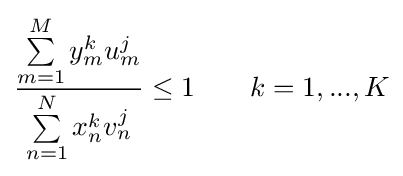
{\frac {\sum \limits _{m=1}^{M}y_{m}^{k}u_{m}^{j}}{\sum \limits _{n=1}^{N}x_{n}^{k}v_{n}^{j}}}\leq 1\qquad k=1,...,K